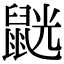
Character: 𪕓